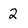
Character: 2